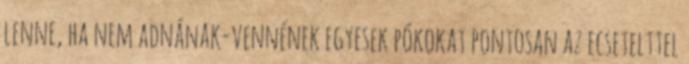
lenne, ha nem adnának-vennének egyesek pókokat pontosan az ecsetelttel